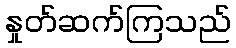
နှုတ်ဆက်ကြသည်